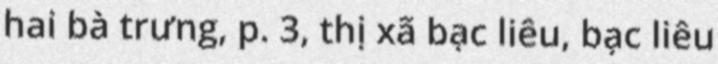
hai bà trưng, p. 3, thị xã bạc liêu, bạc liêu